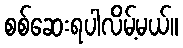
စစ်ဆေးရပါလိမ့်မယ်။